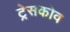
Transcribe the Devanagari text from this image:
ट्रेसकोव